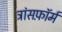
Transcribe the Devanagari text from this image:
ट्रांसफ़ॉर्म